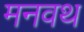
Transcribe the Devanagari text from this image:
मनवथ